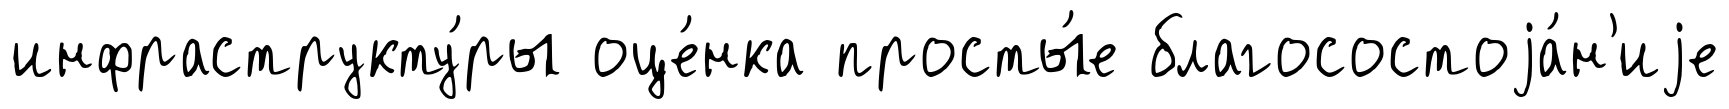
инфраструкту́ры оце́нка просты́е благосостоjа́н'иjе